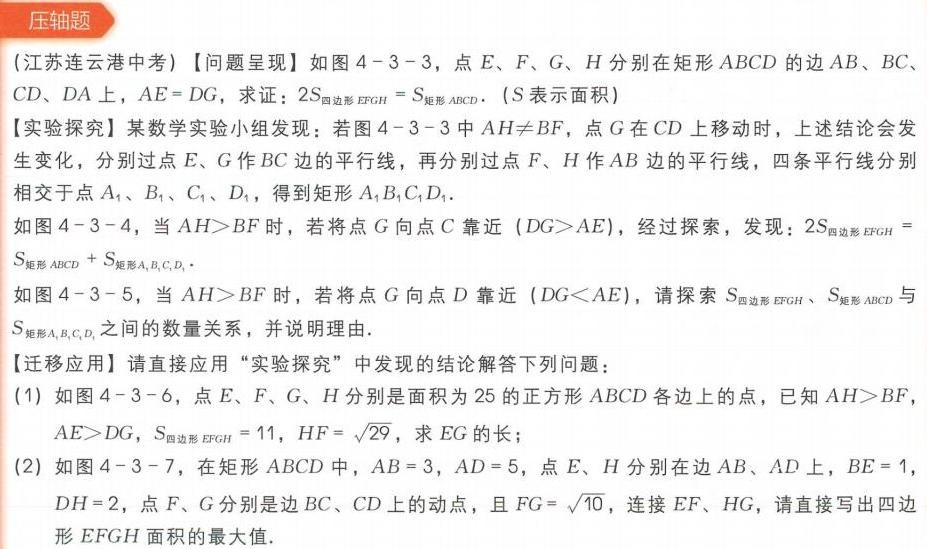
(江苏连云港中考)【问题呈现】如图4 - 3 - 3，点\(E\)、\(F\)、\(G\)、\(H\)分别在矩形\(ABCD\)的边\(AB\)、\(BC\)、\(CD\)、\(DA\)上，\(AE = DG\)，求证：\(2S_{四边形EFGH}=S_{矩形ABCD}\). (\(S\)表示面积)
【实验探究】某数学实验小组发现：若图4 - 3 - 3中\(AH\neq BF\)，点\(G\)在\(CD\)上移动时，上述结论会发生变化，分别过点\(E\)、\(G\)作\(BC\)边的平行线，再分别过点\(F\)、\(H\)作\(AB\)边的平行线，四条平行线分别相交于点\(A_{1}\)、\(B_{1}\)、\(C_{1}\)、\(D_{1}\)，得到矩形\(A_{1}B_{1}C_{1}D_{1}\).
如图4 - 3 - 4，当\(AH>BF\)时，若将点\(G\)向点\(C\)靠近 (\(DG>AE\))，经过探索，发现：\(2S_{四边形EFGH}=S_{矩形ABCD}+S_{矩形A_{1}B_{1}C_{1}D_{1}}\).
如图4 - 3 - 5，当\(AH>BF\)时，若将点\(G\)向点\(D\)靠近 (\(DG<AE\))，请探索\(S_{四边形EFGH}\)、\(S_{矩形ABCD}\)与\(S_{矩形A_{1}B_{1}C_{1}D_{1}}\)之间的数量关系，并说明理由.
【迁移应用】请直接应用“实验探究”中发现的结论解答下列问题：
(1) 如图4 - 3 - 6，点\(E\)、\(F\)、\(G\)、\(H\)分别是面积为25的正方形\(ABCD\)各边上的点，已知\(AH>BF\)，\(AE>DG\)，\(S_{四边形EFGH}=11\)，\(HF = \sqrt{29}\)，求\(EG\)的长；
(2) 如图4 - 3 - 7，在矩形\(ABCD\)中，\(AB = 3\)，\(AD = 5\)，点\(E\)、\(H\)分别在边\(AB\)、\(AD\)上，\(BE = 1\)，\(DH = 2\)，点\(F\)、\(G\)分别是边\(BC\)、\(CD\)上的动点，且\(FG=\sqrt{10}\)，连接\(EF\)、\(HG\)，请直接写出四边形\(EFGH\)面积的最大值.